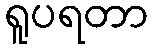
ရူပရတာ